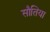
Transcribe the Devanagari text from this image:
सौतिया